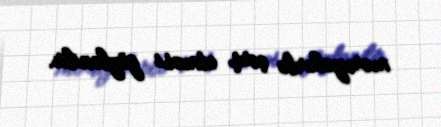
məruzələrlə çıxış etməsi gözlənilir.